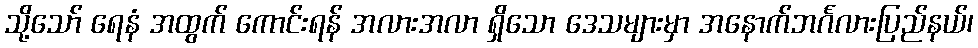
သို့သော် ရေနံ အထွက် ကောင်းရန် အလားအလာ ရှိသော ဒေသများမှာ အနောက်ဘင်္ဂလားပြည်နယ်၊